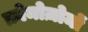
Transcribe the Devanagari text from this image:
क्रोमोज़ोमों